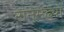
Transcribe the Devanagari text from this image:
रानमेंढ्या